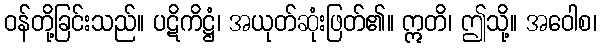
ဝန်တို့ခြင်းသည်။ ပဋိကိဋ္ဌံ၊ အယုတ်ဆုံးဖြတ်၏။ ဣတိ၊ ဤသို့။ အဝေါစ၊